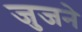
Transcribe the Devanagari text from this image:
जुजने